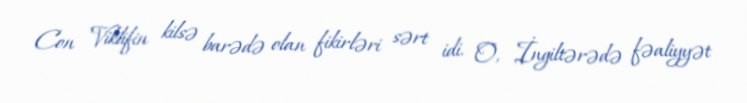
Con Viklifin kilsə barədə olan fikirləri sərt idi. O, İngiltərədə fəaliyyət